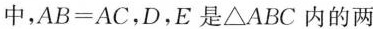
中，AB=AC，D，E是△ABC内的两